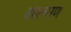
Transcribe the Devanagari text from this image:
काल्सण